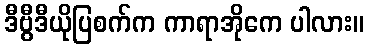
ဒီဗွီဒီယိုပြစက်က ကာရာအိုကေ ပါလား။